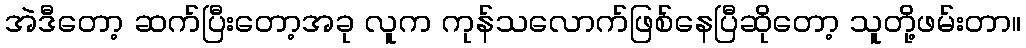
အဲဒီတော့ ဆက်ပြီးတော့အခု လူက ကုန်သလောက်ဖြစ်နေပြီဆိုတော့ သူတို့ဖမ်းတာ။